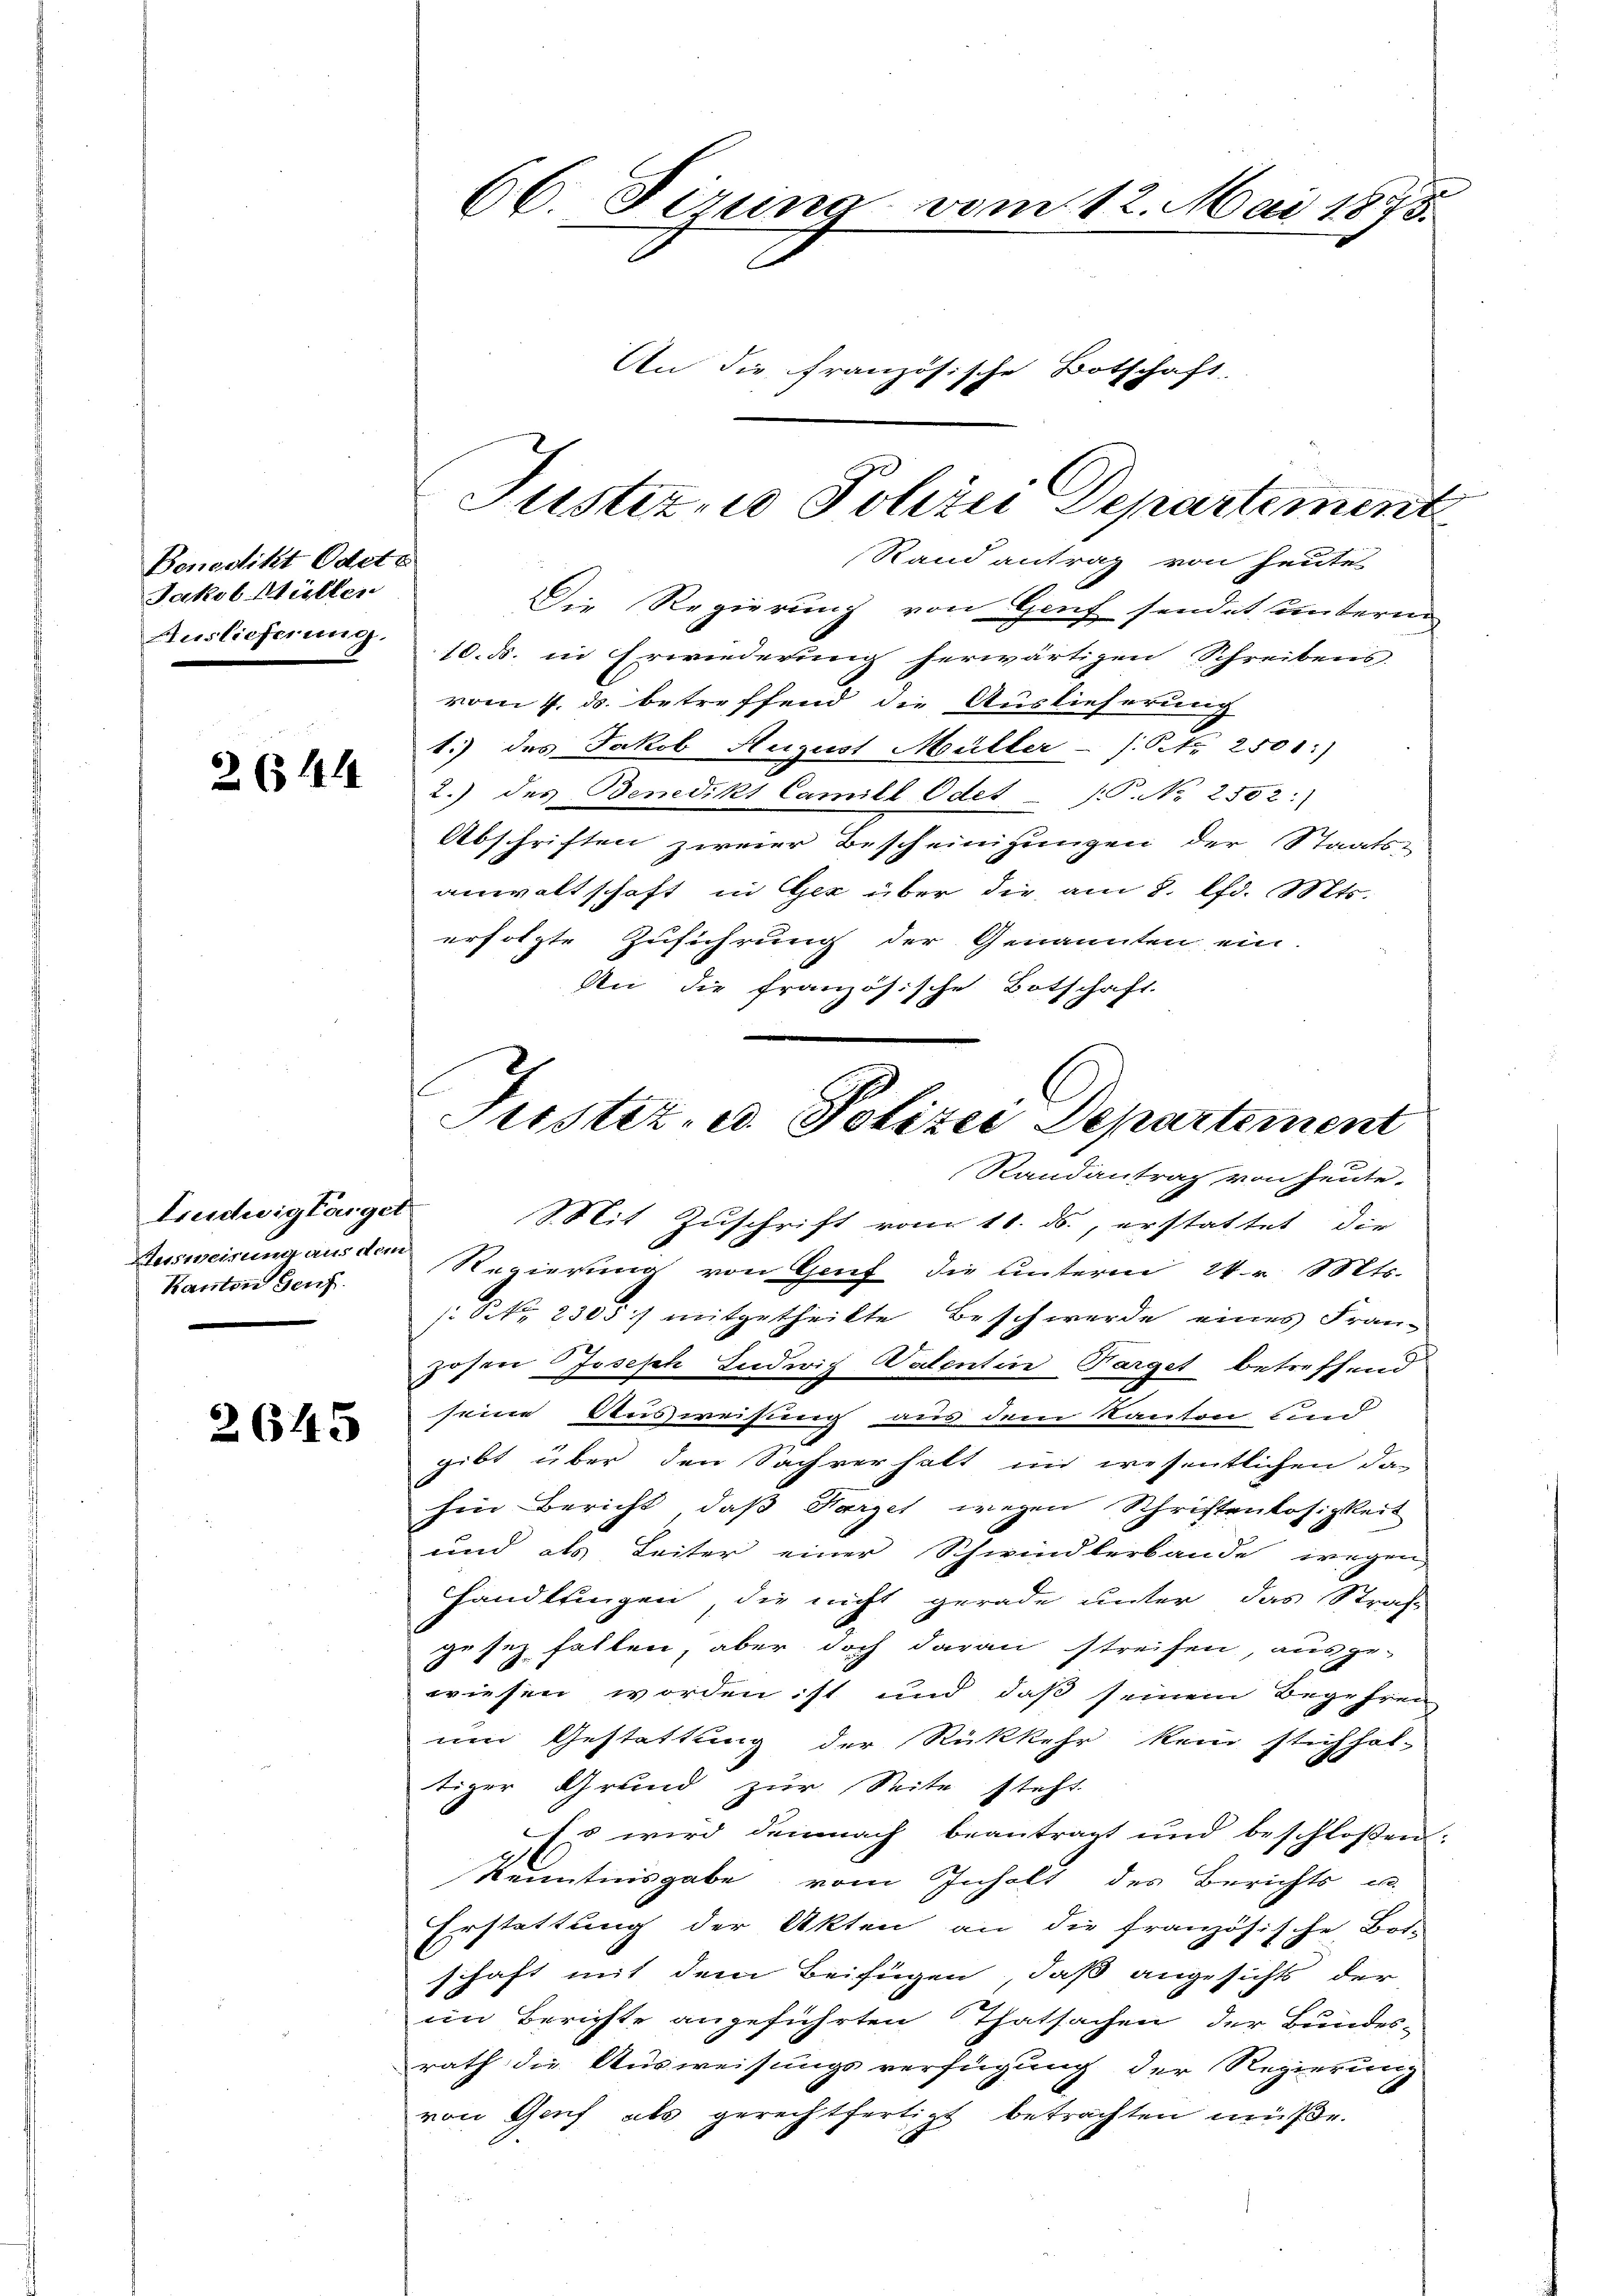
Benedikt Odete
Jakob Müllen
Auslieferung.

2 (§ 14

Freidwig target
Kanton Genf.

2645

66. Firung vom 12. Mai 1875.
.

An die französische Botschaft

Justiz, in Polizei Departement
Rand antrag von heute

Justiz- u. Polizei Departement
Randantrag von heute-

Mit Zuschrift vom 10. ds., erstattet die
Ausweisung aus der Regierung von Genf die unterm 24. v. Mts.
/. Oct. 2305 f mitgetheilte Beschwerde eines Franzosen Joseph Ludwig Walentin-Parget betreffend
seine Ausweisung aus dem Kanton sind
gibt über den Sachverhalt im wesentlichen da-
hin Bericht, daß Harzel wegen Schriftenlosigkeit
und als Leiter einer Schwindlerbande wegen
handlungen, die nicht gerade unter das Straf
gesez fallen, aber doch daran streifen, ausge-
wiesen worden ist und daß seinem Begehren
um Gestattung der Rückkehr kein stichhal-
tiger Grund zur Seite steht.
Es wird demnach beantragt und beschloßen:
Kenntnisgabe vom Inhalt des Berichts u.
Erstattung der Akten an die französische Bos-
schaft mit dem Beifügen, daß angesichts der
im Berichte angeführten Thatsachen der Bundes-
rath die Ausweisungsverfügung der Regierung
von Genf als gerechtfertigt betrachten müße.

Die Regierung von Genf sendet unterm
10. ds. in Erwiederung herwärtigen Schreibens
vom 4. ds. betreffend die Auslieferung
1.) des Jakob August Müller - (NNro 2501:)
2.) des Benedikt Camill Odet. P. No 2502:)
Abschriften zweier Bescheinigungen der Staats-
anwaltschaft in Gez über die am 8. lfd. Mts.
erfolgte Zuführung der Genannten ein-
An die französische Botschaft.
s